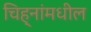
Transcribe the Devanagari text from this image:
चिह्नांमधील